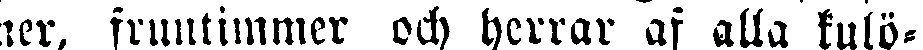
ner, fruntimmer och herrar af alla kulö-